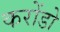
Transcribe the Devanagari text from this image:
करोंडो